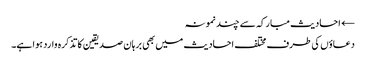
← احادیث مبارکہ سے چند نمونہ
دعاؤں کی طرف مختلف احادیث میں بھی برہان صدیقین کا تذکرہ وارد ہوا ہے۔